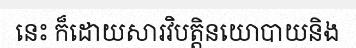
នេះ ក៏ដោយសារវិបត្តិនយោបាយនិង